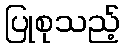
ပြုစုသည့်